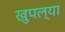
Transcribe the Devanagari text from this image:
खुपल्या